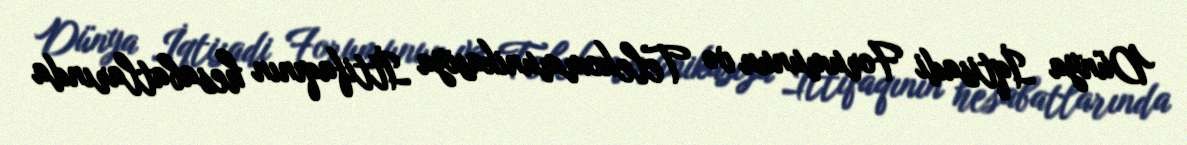
Dünya İqtisadi Forumunun və Telekommunikasiya İttifaqının hesabatlarında